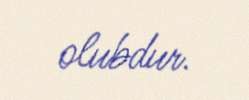
olubdur.